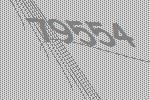
79554